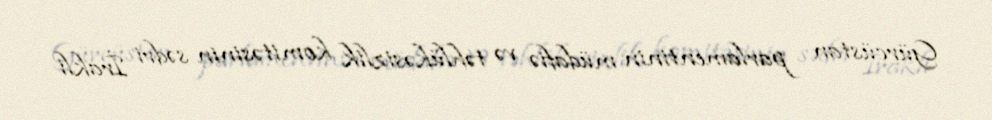
Gürcüstan parlamentinin müdafiə və təhlükəsizlik komitəsinin sədri İrakli